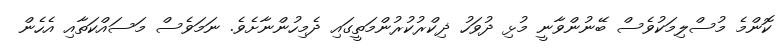
ކޮންމެ މުސްލިމަކުވެސް ބޭނުންވާނީ މުޅި ދުވަހު ޛިކްރުކުރުންމަތީގައި ދެމިހުންނާށެވެ. ނަމަވެސް މަސައްކަތާއި އެހެން